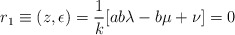
\begin{align*}r_{1} \equiv (z, \epsilon) = \frac{1}{k} [ab\lambda - b\mu + \nu] = 0\end{align*}